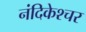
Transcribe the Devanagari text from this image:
नंदिकेश्चर